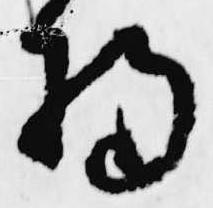
将